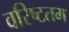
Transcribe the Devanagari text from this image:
वरिष्‍टतम